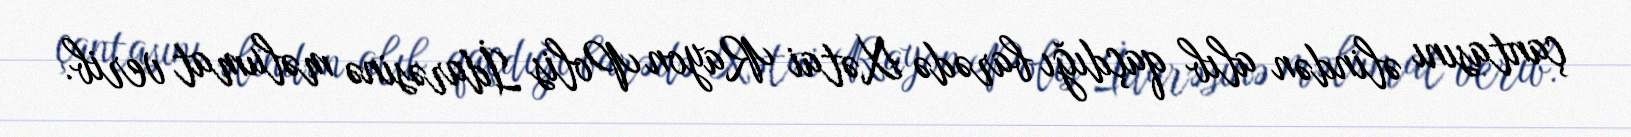
çantasını əlindən alıb qaçdığı barədə Xətai Rayon Polis İdarəsinə məlumat verib.